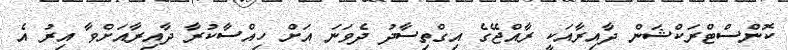
ކޮންސްޓްރަކްޝަން ދާއިރާއަކީ ރާއްޖޭގެ އިގްތިސާދު ދެވަނަ އަށް ހިއްސާކުރާ ދާއިރާއަށްވާ އިރު އެ